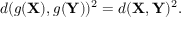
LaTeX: d ( g ( \mathbf { X } ) , g ( \mathbf { Y } ) ) ^ { 2 } = d ( \mathbf { X } , \mathbf { Y } ) ^ { 2 } .